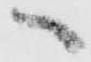
へ